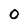
Character: O